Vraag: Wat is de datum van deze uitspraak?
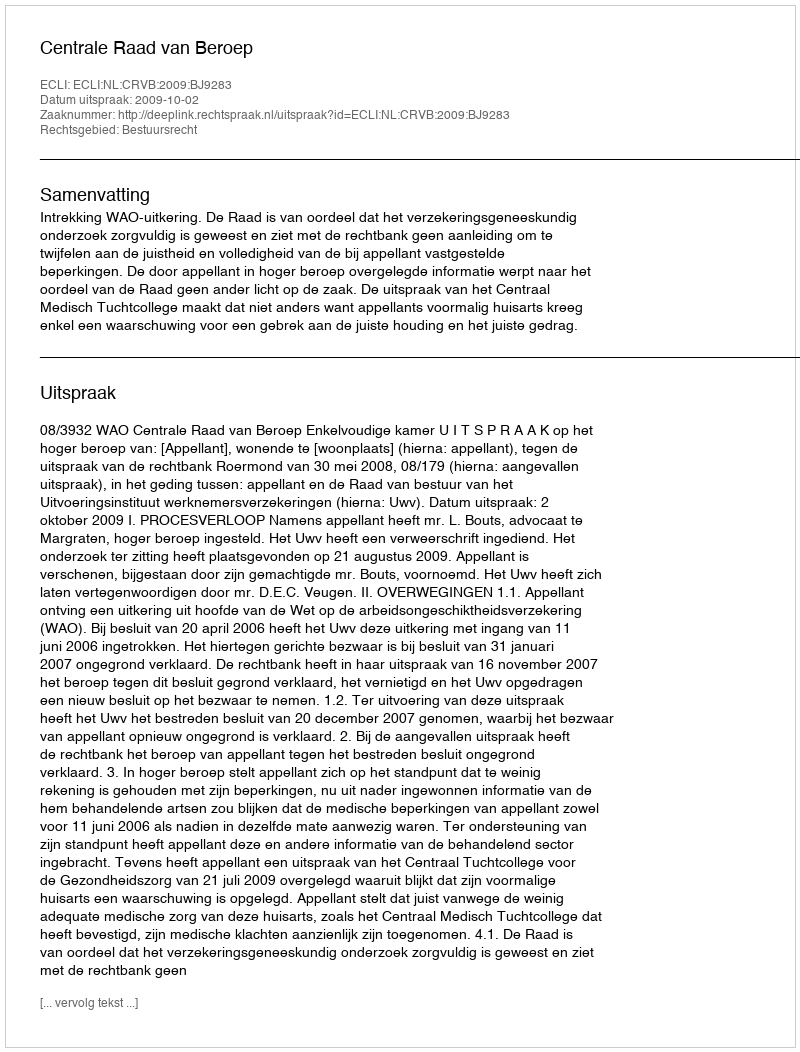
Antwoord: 2009-10-02